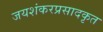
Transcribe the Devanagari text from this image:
जयशंकरप्रसादकृत